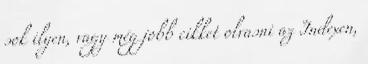
sok ilyen, vagy még jobb cikket olvasni az Indexen,